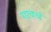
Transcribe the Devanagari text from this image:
गावचं